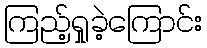
ကြည့်ရှုခဲ့ကြောင်း